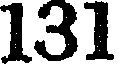
131